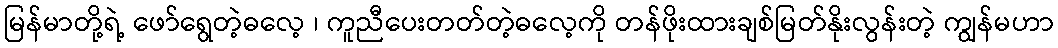
မြန်မာတို့ရဲ့ ဖော်ရွေတဲ့ဓလေ့ ၊ ကူညီပေးတတ်တဲ့ဓလေ့ကို တန်ဖိုးထားချစ်မြတ်နိုးလွန်းတဲ့ ကျွန်မဟာ